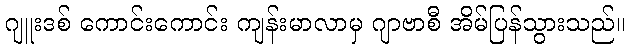
ဂျူးဒစ် ကောင်းကောင်း ကျန်းမာလာမှ ဂျာဗာစီ အိမ်ပြန်သွားသည်။